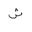
Letter: _shin